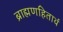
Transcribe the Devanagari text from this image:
ब्राह्मणहितार्थ